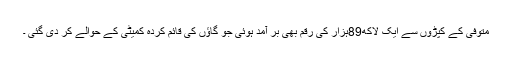
متوفی کے کپڑوں سے ایک لاکھ89ہزار کی رقم بھی بر آمد ہوئی جو گاؤں کی قائم کردہ کمیٹی کے حوالے کر دی گئی ۔